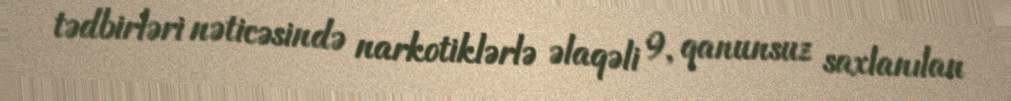
tədbirləri nəticəsində narkotiklərlə əlaqəli 9, qanunsuz saxlanılan